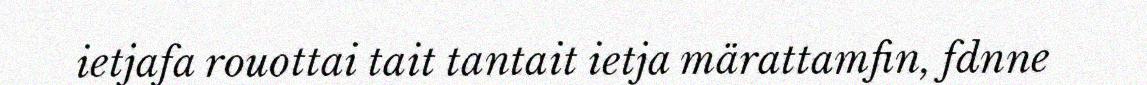
ietjafa rouottai tait tantait ietja märattamfin, fdnne